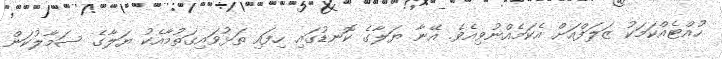
ހުއްޓެއްކަމަކު ޒަލަފްއަށް އެކަމެއްނުވިއެވެ. އޭނާ ޔަލާގެ ކޮނޑުގައި ހިފައި ތަޅުވައިގަތުމާއެކު ޔަލާގެ ސަމާލުކަން